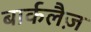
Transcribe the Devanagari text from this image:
बार्कलैज़